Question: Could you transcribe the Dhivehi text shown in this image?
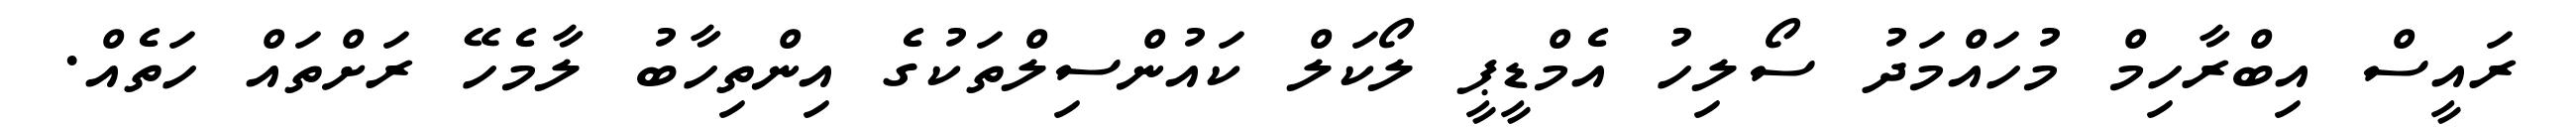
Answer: ރައީސް އިބްރާހިމް މުހައްމަދު ސޯލިހު އެމްޑީޕީ ލޯކަލް ކައުންސިލްތަކުގެ އިންތިހާބު ލާމެހޭ ރަށްތައް ހަތެއް.